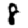
Digit: 8